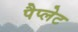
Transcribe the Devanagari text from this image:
पैप्लेट